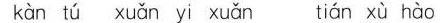
kàn tú xuǎn yi xuǎn tián xù hào